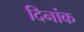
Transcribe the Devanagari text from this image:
दिनांक